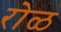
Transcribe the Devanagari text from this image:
रोळ